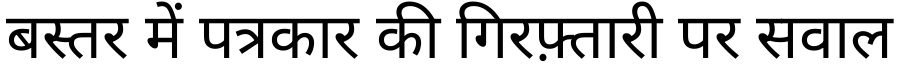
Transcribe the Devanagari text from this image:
बस्तर में पत्रकार की गिरफ़्तारी पर सवाल